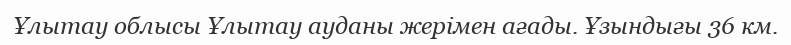
Ұлытау облысы Ұлытау ауданы жерімен ағады. Ұзындығы 36 км.